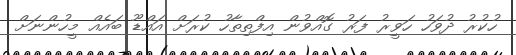
ހުކުރު ދުވަހު ހަވީރު ފަރު ގޮއްވުން އިފްތިތާހު ކުރަށް އައްޑޫ ބައެއް މީހުންނަށް